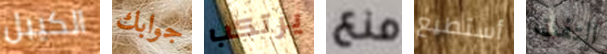
الكيبل جوابك يرتكب منع أستطيع التفت